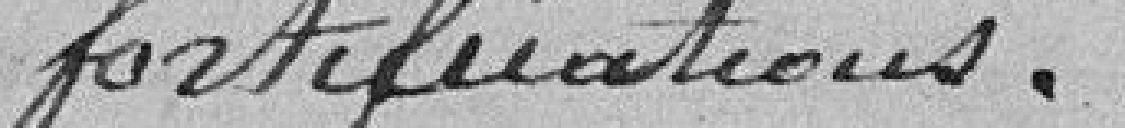
fortifications.